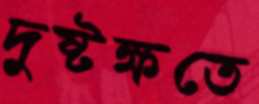
দুষ্টক্ষতে